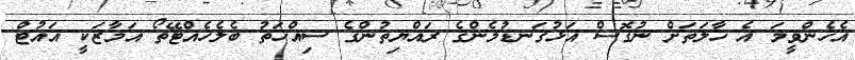
އެހެންވީމަ އެ ހާލަތަށް ނުގޮސް އަޅުގަނޑުމެންގެ ރައްޔިތުންގެ ސިއްހަތު ބެލެހެއްޓޭތޯ އަމާޒަކީ އައުޓް